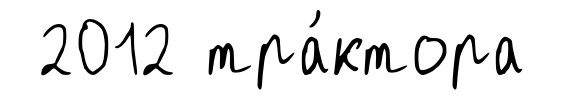
2012 тра́ктора